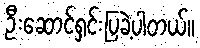
ဦးဆောင်ရှင်းပြခဲ့ပါတယ်။